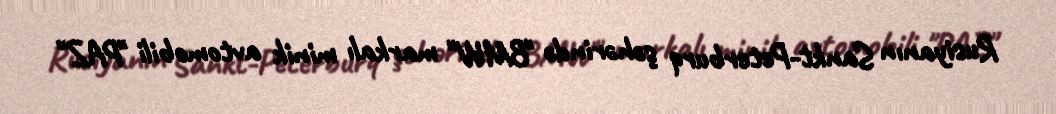
Rusiyanın Sankt-Peterburq şəhərində "BMW" markalı minik avtomobili "PAZ"